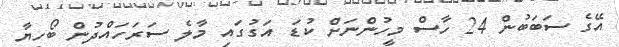
އޭގެ ސަބަބުން 24 ހާސް މީހުންނަށް ކުޑަ އަގުގައި މާލެ ސަރަހައްދުން ބޯހިޔާ